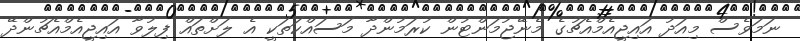
ނަމަވެސް މިއަދު އައިޖީއެމްއެޗުގެ މެނޭޖުމަންޓުން ކުރަމުންދާ މަސައްކަތަކީ އެ ލަށްތައް ފިލުވާ އައިޖީއެމްއެޗުންދޭ